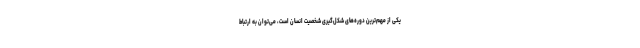
یکی از مهم‌ترین دوره‌های شکل‌گیری شخصیت انسان است، می‌توان به ارتباط